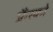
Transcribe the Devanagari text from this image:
फ्रैंस्को